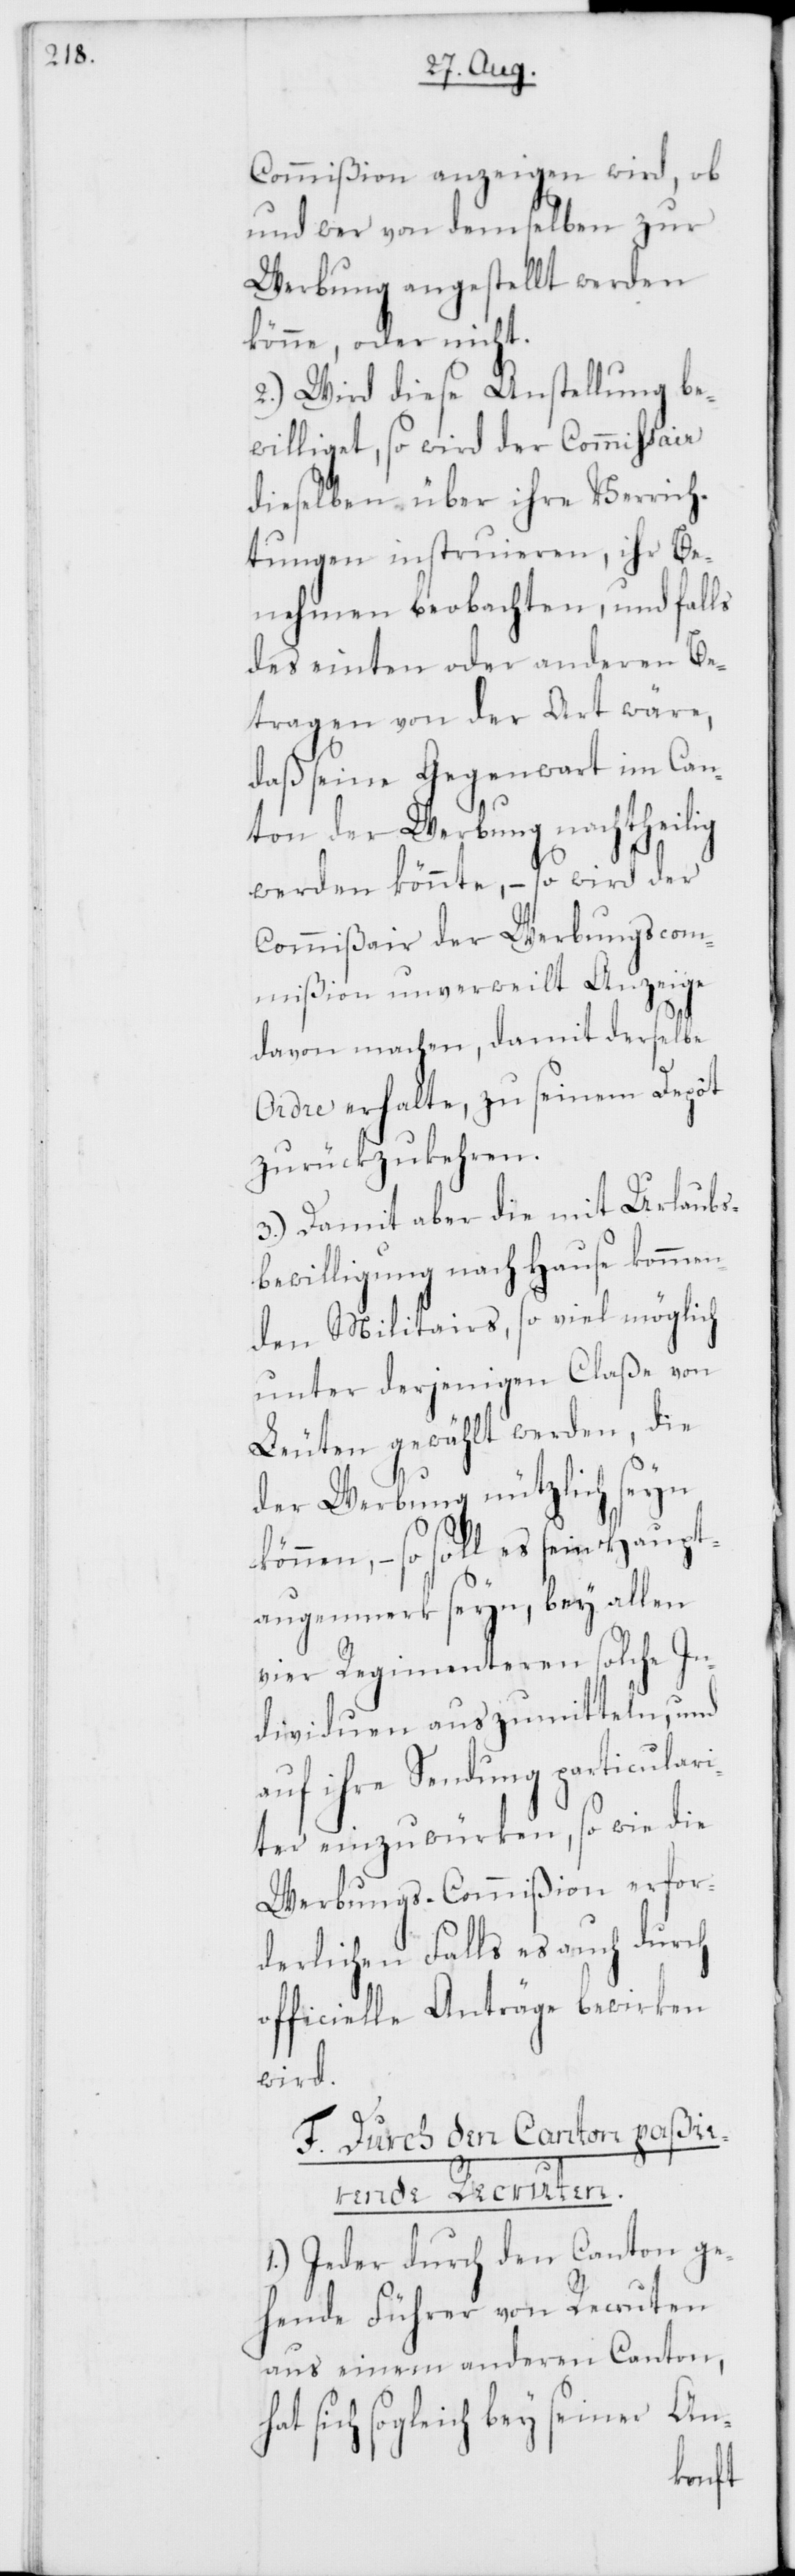
Commißion anzeigen wird, ob
und wer von demselben zur
Werbung angestellt werden
könne, oder nicht.
2.) Wird diese Anstellung be¬
williget, so wird der Commissaire
dieselben über ihre Verrich¬
tungen instruieren, ihr Be¬
nehmen beobachten, und falls
des einten oder anderen Be¬
tragen von der Art wäre,
daß seine Gegenwart im Can¬
ton der Werbung nachtheilig
werden könnte, – so wird der
Commißair der Werbungscom¬
mißion unverweilt Anzeige
davon machen, damit derselbe
Ordre erhalte, zu seinem Depôt
zurückzukehren.
3.) Damit aber die mit Urlaubs¬
bewilligung nach Hause kommen¬
den Militairs, so viel möglich
unter derjenigen Claße von
Leuten gewählt werden, die
der Werbung nützlich seyn
können, – so soll es sein Haupt¬
augenmerk seyn, bey allen
vier Regimenteren solche In¬
dividuen auszumitteln, und
auf ihre Sendung particulari¬
ter einzuwürken, so wie die
Werbungs-Commißion erfor¬
derlichen Falls es auch durch
officielle Anträge bewirken
wird.
F. Durch den Canton paßie¬
rende Recruten.
1.) Jeder durch den Canton ge¬
hende Führer von Recruten
aus einem anderen Canton,
sich sogleich bey seiner An-